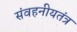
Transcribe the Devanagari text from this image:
संवहनीयतंत्र